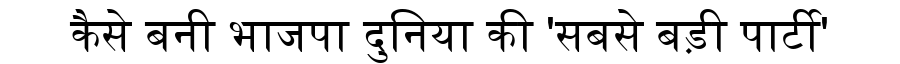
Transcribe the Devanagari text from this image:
कैसे बनी भाजपा दुनिया की 'सबसे बड़ी पार्टी'